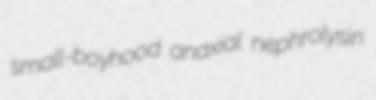
small-boyhood anaxial nephrolysin